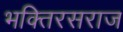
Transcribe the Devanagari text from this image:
भक्तिरसराज